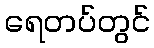
ရေတပ်တွင်